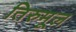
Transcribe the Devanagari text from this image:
तिरुमूल